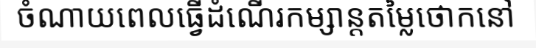
ចំណាយពេលធ្វើដំណើរកម្សាន្តតម្លៃថោកនៅ